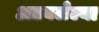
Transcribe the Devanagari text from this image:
अडवलेल्या